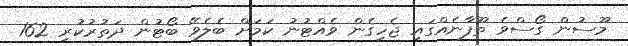
މޫސުން ގޯސްވެ ތޫފާނެއްގައި ޖެހިގެން ވެއްޓުނު ކަމަށް ބެލެވޭ ބޯޓުން ދަތުރުކުރި 162